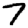
Digit: 7